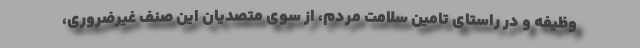
وظیفه و در راستای تامین سلامت مردم، از سوی متصدیان این صنف غیرضروری،